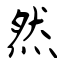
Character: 然